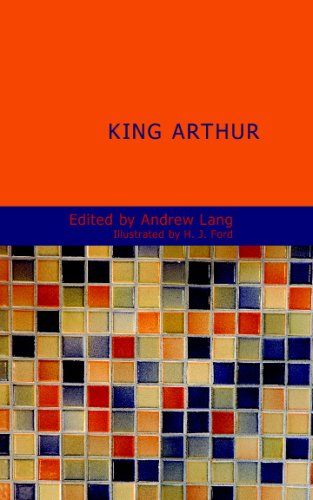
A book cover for King Arthur: Tales of the Round Table; Andrew Lang; Literature & Fiction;